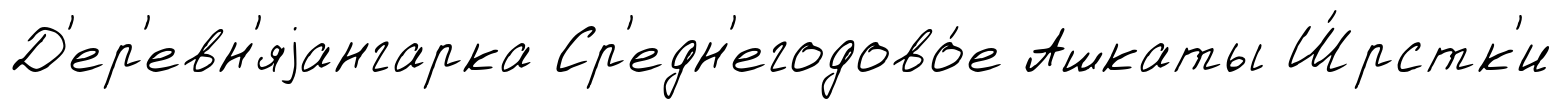
Д'ер'евн'яjангарка Ср'едн'егодово́е Ашкаты Ш́рстк'и